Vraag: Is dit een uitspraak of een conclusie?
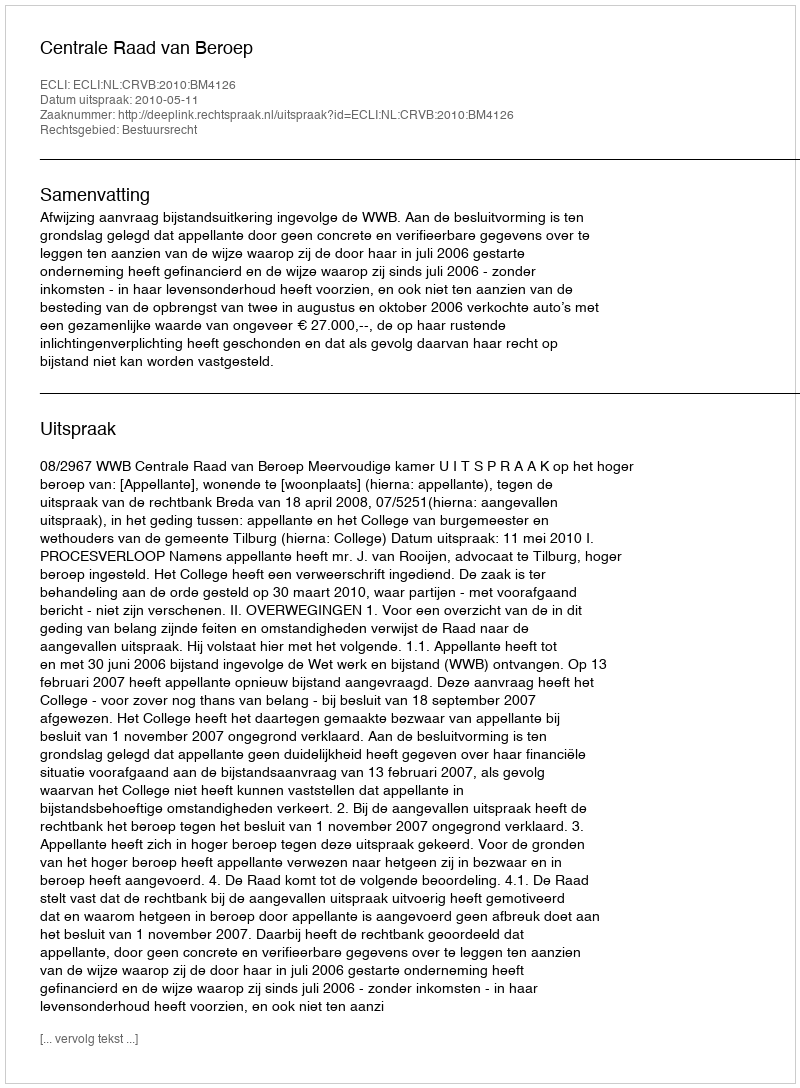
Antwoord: Uitspraak